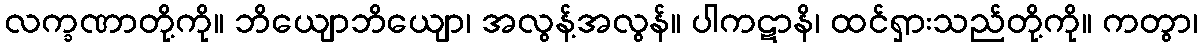
လက္ခဏာတို့ကို။ ဘိယျောဘိယျော၊ အလွန့်အလွန်။ ပါကဋာနိ၊ ထင်ရှားသည်တို့ကို။ ကတွာ၊